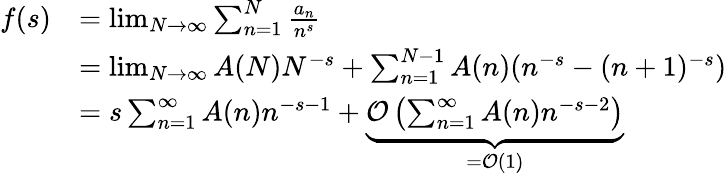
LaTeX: {\begin{array}{rl}{f(s)}&{=\operatorname*{lim}_{N\to\infty}\sum_{n=1}^{N}{\frac{a_{n}}{n^{s}}}}\\ &{=\operatorname*{lim}_{N\to\infty}A(N)N^{-s}+\sum_{n=1}^{N-1}A(n)(n^{-s}-(n+1)^{-s})}\\ &{=s\sum_{n=1}^{\infty}A(n)n^{-s-1}+\underbrace{{\mathcal{O}}\left(\sum_{n=1}^{\infty}A(n)n^{-s-2}\right)}_{={\mathcal{O}}(1)}}\end{array}}